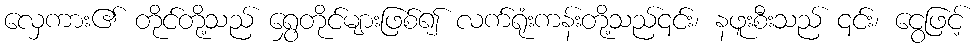
လှေကား၏ တိုင်တို့သည် ရွှေတိုင်များဖြစ်၍ လက်ရုံးကန်းတို့သည်၎င်း၊ နဖူးစီးသည် ၎င်း၊ ငွေဖြင့်